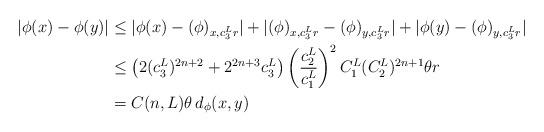
LaTeX: \begin{align*}|\phi(x)-\phi(y)|&\le|\phi(x)-(\phi)_{x,c_3^L r}|+|(\phi)_{x,c_3^L r}-(\phi)_{y,c_3^L r}|+|\phi(y)-(\phi)_{y,c_3^L r}| \\&\le\left(2(c_3^L)^{2n+2}+2^{2n+3}c_3^L\right)\left(\frac{c_2^L}{c_1^L}\right)^2 C_1^L (C_2^L)^{2n+1}\theta r \\&=C(n,L)\theta\, d_\phi(x,y)\end{align*}